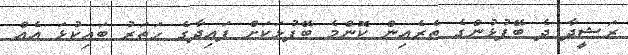
ރަޝީދާ ދެ ބޭފުޅުންގެ ތެރެއިން ކޮންމެ ބޭފުޅަކަށް ފައިދާގެ ހަތަރު ބައިކުޅަ އެއް